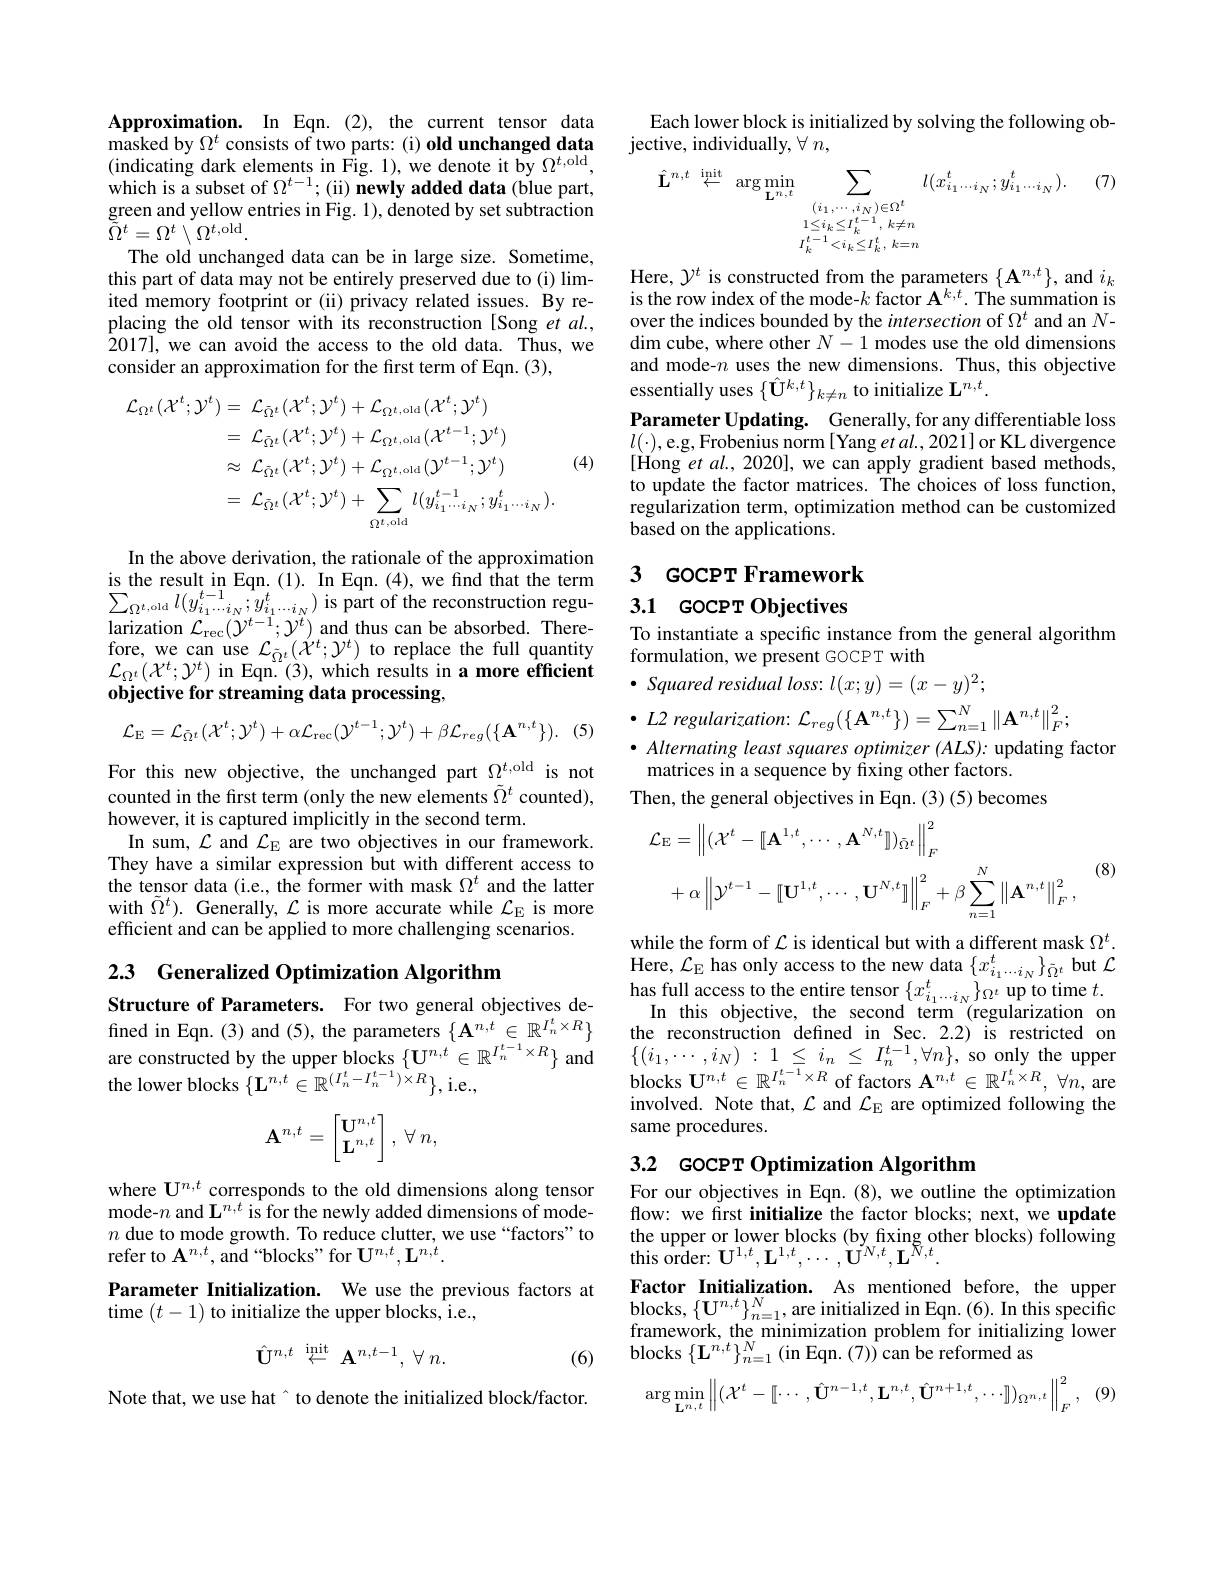
Approximation. In Eqn. (2), the current tensor data masked by $\Omega^t$ consists of two parts: (i) old unchanged data (indicating dark elements in Fig. 1), we denote it by $\Omega^t$,old, which is a subset of $\Omega^{t-1};$(ii) newly added data(blue part, green and yellow entries in Fig. 1), denoted by set subtraction $\tilde{\tilde{\Omega}}^{t}=\Omega^{t}\setminus\Omega^{t,\mathrm{old}}.$
The old unchanged data can be in large size. Sometime, this part of data may not be entirely preserved due to (i) limited memory footprint or (ii) privacy related issues. By replacing the old tensor with its reconstruction [Song et al., $\hat{2}017]$,we can avoid the access to the old data. Thus, we consider an approximation for the first term of Eqn. (3),
$$\begin{aligned}\mathcal{L}_{\Omega^{t}}(\mathcal{X}^{t};\mathcal{Y}^{t})&=\:\mathcal{L}_{\bar{\Omega}^{t}}(\mathcal{X}^{t};\mathcal{Y}^{t})+\mathcal{L}_{\Omega^{t,\mathrm{old}}}(\mathcal{X}^{t};\mathcal{Y}^{t})\\&=\:\mathcal{L}_{\bar{\Omega}^{t}}(\mathcal{X}^{t};\mathcal{Y}^{t})+\mathcal{L}_{\Omega^{t,\mathrm{old}}}(\mathcal{X}^{t-1};\mathcal{Y}^{t})\\&\approx\:\mathcal{L}_{\bar{\Omega}^{t}}(\mathcal{X}^{t};\mathcal{Y}^{t})+\mathcal{L}_{\Omega^{t,\mathrm{old}}}(\mathcal{Y}^{t-1};\mathcal{Y}^{t})\\&=\:\mathcal{L}_{\bar{\Omega}^{t}}(\mathcal{X}^{t};\mathcal{Y}^{t})+\sum_{\Omega^{t,\mathrm{old}}}l(y_{i_{1}\cdots i_{N}}^{t-1};y_{i_{1}\cdots i_{N}}^{t}).\end{aligned}$$
(4)

In the above derivation, the rationale of the approximation $\operatorname*{larization}\mathcal{L}_{\mathrm{rec}}(\mathcal{Y}^{t-1};\mathcal{Y}^{t})$ and thus can be absorbed. Therefore, we can use $\mathcal{L}_{\tilde{\Omega}^{t}}(\dot{X}^{t};\mathcal{Y}^{t})$ to replace the full quantity $\mathcal{L}_{\Omega^t}(\mathcal{X}^t;\mathcal{Y}^t)$ in Eqn. (3), which results in a more efficient objective for streaming data processing,
$$\mathcal{L}_{\mathrm{E}}=\mathcal{L}_{\bar{\Omega}^{t}}(\mathcal{X}^{t};\mathcal{Y}^{t})+\alpha\mathcal{L}_{\mathrm{rec}}(\mathcal{Y}^{t-1};\mathcal{Y}^{t})+\beta\mathcal{L}_{reg}(\{\mathbf{A}^{n,t}\}).$$
(5)

For this new objective, the unchanged part $\Omega_{\tilde{\tilde{\tilde{o}}}t}^{t,\mathrm{old}}$ is not counted in the first term (only the new elements $\tilde{\Omega}^t$ counted), however, it is captured implicitly in the second term.
In sum, $\mathcal{L}$ and $\mathcal{L}_\mathrm{E}$ are two objectives in our framework They have a similar expression but with different access to the tensor data (i.e., the former with mask $\Omega^t$ and the latter with $\tilde{\Omega}^{t}).$ Generally, $\mathcal{L}$ is more accurate while $\mathcal{L}_\mathrm{E}$ is more efficient and can be applied to more challenging scenarios.

2.3 Generalized Optimization Algorithm

Structure of Parameters. For two general objectives defined in Eqn.(3) and (5), the parameters $\{\mathbf{A}^{n,t}\in\mathbb{R}^{I_n^t\times R}\}$ are constructed by the upper blocks $\{\mathbf{U}^{n,t}\in\mathbb{R}^{I_n^{t-1}\times R}\}$ and the lower blocks $\{\mathbf{L}^{n,t}\in\mathbb{R}^{(I_n^t-I_n^{t-1})\times R}\}$,i.e.
$$\mathbf{A}^{n,t}=\begin{bmatrix}\mathbf{U}^{n,t}\\\mathbf{L}^{n,t}\end{bmatrix},\:\forall\:n,$$
where $\mathbf{U}^{n,t}$ corresponds to the old dimensions along tensor mode-$n$ and $\mathbf{L}^n,t$ is for the newly added dimensions of mode- $n$ due to mode growth. To reduce clutter, we use“factors”to refer to $\mathbf{A}^{n,t}$, and “blocks" for U$^n,t,\mathbf{L}^{n,t}.$
Parameter Initialization. We use the previous factors at
time $(t-1)$ to initialize the upper blocks, i.e.,
$$\hat{\mathrm{U}}^{n,t}\stackrel{\mathrm{init}}{\leftarrow}\mathbf{A}^{n,t-1},\:\forall\:n.$$
(6)

Note that, we use hat[INDEX] to denote the initialized block/factor.

Each lower block is initialized by solving the following ob-
${\mathrm{jective,~individually,~}\forall~n,}$
$$\begin{aligned}\hat{\mathbf{L}}^{n,t}\stackrel{\mathrm{init}}{\leftarrow}&\arg\min_{\mathbf{L}^{n,t}}\sum_{(i_{1},\cdots,i_{N})\in\Omega^{t}}l(x_{i_{1}\cdots i_{N}}^{t};y_{i_{1}\cdots i_{N}}^{t}).\quad(7)\\&1\leq i_{k}\leq I_{k}^{t-1},\:k\neq n\\&I_{k}^{t-1}<i_{k}\leq I_{k}^{t},\:k=n\end{aligned}$$
Here, $\mathcal{Y}^t$ is constructed from the parameters $\{\mathbf{A}^{n,t}\}$, and $i_k$ is the row index of the mode-$k\text{ factor A}^{k,t}.$ The summation is over the indices bounded by the intersection of $\Omega^t$ and an $N$- dim cube, where other $N-1$ modes use the old dimensions and mode-$n$ uses the new dimensions. Thus, this objective essentially uses $\{\hat{\mathbf{U}}^{k,t}\}_{k\neq n}$ to initialize $\mathbf{L}^n,t.$
Parameter Updating. Generally, for any differentiable loss $l(\cdot)$,e.g, Frobenius norm[ Yang et al., 2021] or KL divergence [Hong et $al.,2020]$, we can apply gradient based methods, to update the factor matrices. The choices of loss function, regularization term, optimization method can be customized based on the applications.

### 3 GOCPT Framework $\begin{array}{lll}\text{is the result in Eqn.(1). In Eqn.(4), we find that the term}&3&\text{GOCPT Framewon}\\\sum_{\Omega^{t,\mathrm{old}}}l(y_{i_1\ldots i_N}^{t-1};y_{i_1\ldots i_N}^{t})\text{ is part of the reconstruction regu-}&3.1&\text{GOCPT Objectives}\end{array}$

To instantiate a specific instance from the general algorithm
formulation, we present GOCPT with
$\bullet$ Squared residual loss: $l(x;y)=(x-y)^2;$

$\bullet$ L2 regularization: $\mathcal{L}_reg(\{\mathbf{A}^{n,t}\})=\sum_{n=1}^N\|\mathbf{A}^{n,t}\|_F^2;$
$\bullet$ Alternating least squares optimizer (ALS): updating factor
matrices in a sequence by fixing other factors.
Then, the general objectives in Eqn. (3) becomes
$$\begin{aligned}\mathcal{L}_{\mathrm{E}}&=\left\|(\mathcal{X}^{t}-[[\mathbf{A}^{1,t},\cdots,\mathbf{A}^{N,t}]])_{\bar{\Omega}^{t}}\right\|_{F}^{2}\\&+\alpha\left\|\mathcal{Y}^{t-1}-[[\mathbf{U}^{1,t},\cdots,\mathbf{U}^{N,t}]\right\|_{F}^{2}+\beta\sum_{n=1}^{N}\left\|\mathbf{A}^{n,t}\right\|_{F}^{2},\end{aligned}$$
(8)

while the form of $\mathcal{L}$ is identical but with a different mask $\Omega^t$ Here, $\mathcal{L}_\mathrm{E}$ has only access to the new data $\{x_i_1\cdots i_N\}_{\tilde{\Omega}^t}$ but $\mathcal{L}$ has full access to the entire tensor $\{x_{i_1\cdots i_N}^t\}_{\Omega^t}$ up to time $t.$
In this objective, the second term (regularization on the reconstruction defined in Sec. 2.2) is restricted on $\{ ( i_1, \cdots , i_N)$ : $1\leq$ $i_n$ $\leq$ $I_n^{t- 1}, \forall n\} $, so only the upper blocks $\mathbf{U}^{n,t}\in\mathbb{R}^{I_n^{t-1}\times R}$ of factors $\mathbf{A}^{n,t}\in\mathbb{R}^{I_n^t\times R},\forall n$, are involved. Note that, $\mathcal{L}$ and $\mathcal{L}_\mathrm{E}$ are optimized following the same procedures.

## 3.2 GOCPT Optimization Algorithm

For our objectives in Eqn. (8), we outline the optimization flow: we first initialize the factor blocks; next, we update the upper or lower blocks (by fixing other blocks) following this order: $\mathbf{U}^{1,t},\mathbf{L}^{1,t},\cdots,\mathbf{U}^{N,t},\mathbf{L}^{N,t}.$
Factor Initialization. As mentioned before, the upper blocks, $\{ U^{n, t}\} _{n= 1}^{N}$, are initialized in Eqn. ( 6) . In this speciffc framework, the minimization problem for initializing lower blocks $\{\mathbf{L}^{n,t}\}_{n=1}^{N}\left(\mathrm{in~Eqn.~(7))~can~be~reformed~as}\right.$
$$\arg\min_{\mathbf{L}^{n,\:t}}\left\|(\mathcal{X}^{t}-[[\cdots,\hat{\mathbf{U}}^{n-1,t},\mathbf{L}^{n,t},\hat{\mathbf{U}}^{n+1,t},\cdots]])_{\Omega^{n,\:t}}\right\|_{F}^{2},\:(9$$